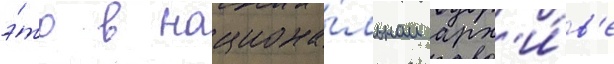
э́то в национа́льном арх'и́в'е